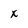
Character: x